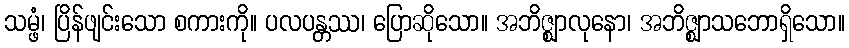
သမ္ဖံ၊ ပြိန်ဖျင်းသော စကားကို။ ပလပန္တဿ၊ ပြောဆိုသော။ အဘိဇ္ဈာလုနော၊ အဘိဇ္ဈာသဘောရှိသော။